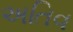
અતિવ